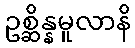
ဥစ္ဆိန္နမူလာနိ